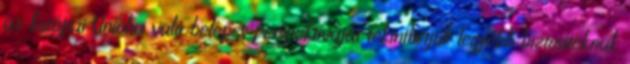
az Európai Unióba való belépés perspektíváját tekinthetjük legfőbb biztosítéknak